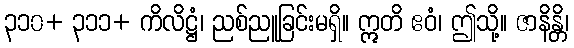
၃၁၀+ ၃၁၁+ ကိလိဋ္ဌံ၊ ညစ်ညူခြင်းမရှိ။ ဣတိ ဧဝံ၊ ဤသို့။ ဇာနိန္တိ၊